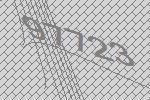
97723